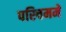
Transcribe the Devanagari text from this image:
पस्चिममे